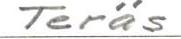
Teräs